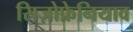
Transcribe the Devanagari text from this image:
सिज़ोफ्रेनियाव